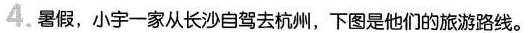
4. 暑假，小宇一家从长沙自驾去杭州，下图是他们的旅游路线。